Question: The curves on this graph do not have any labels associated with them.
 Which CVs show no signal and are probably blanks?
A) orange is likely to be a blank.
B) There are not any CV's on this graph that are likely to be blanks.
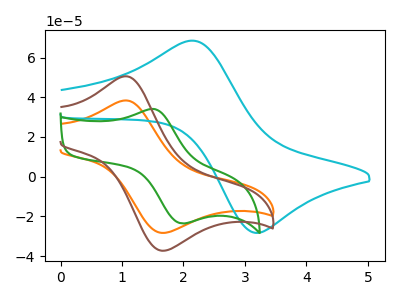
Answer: <think>The orange curve "orange" has an anodic peak at (1.05V, 38.40uA) and a cathodic peak at (1.65V, -28.25uA). The cyan curve "cyan" has an anodic peak at (2.15V, 68.50uA) and a cathodic peak at (3.20V, -28.30uA). The green curve "green" has an anodic peak at (1.55V, 34.00uA) and a cathodic peak at (2.00V, -23.50uA). The brown curve "brown" has an anodic peak at (1.05V, 50.55uA) and a cathodic peak at (1.65V, -37.20uA).</think>
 <answer>B) There are not any CV's on this graph that are likely to be blanks.</answer>
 <eval>B</eval>